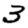
Digit: 3